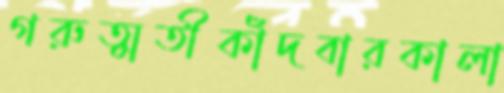
গরুত্মতীকাঁদবারকালা